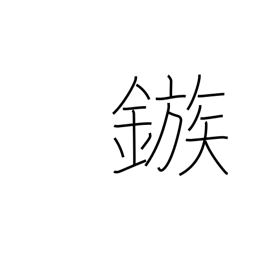
Meaning: barb